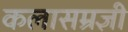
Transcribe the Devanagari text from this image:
कलासम्रज्ञी